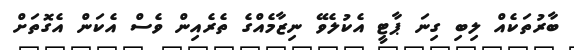
ބާރުތަކެއް ލިބި ގިނަ ޕާޓީ އެކުލެވޭ ނިޒާމެއްގެ ތެރެއިން ވެސް އެކަން އެގޮތަށް